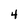
Character: 4